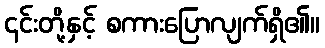
၎င်းတို့နှင့် စကားပြောလျက်ရှိ၏။